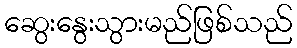
ဆွေးနွေးသွားမည်ဖြစ်သည်